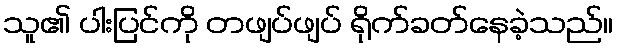
သူ၏ ပါးပြင်ကို တဖျပ်ဖျပ် ရိုက်ခတ်နေခဲ့သည်။